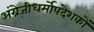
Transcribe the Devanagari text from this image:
अंग्रेज़ीधर्मोपदेशकों